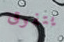
يتفوق